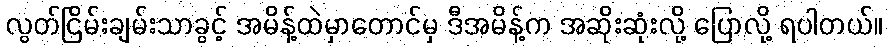
လွတ်ငြိမ်းချမ်းသာခွင့် အမိန့်ထဲမှာတောင်မှ ဒီအမိန့်က အဆိုးဆုံးလို့ ပြောလို့ ရပါတယ်။